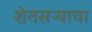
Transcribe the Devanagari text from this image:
शेतसऱ्याचा